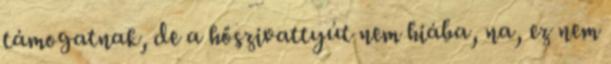
támogatnak, de a hőszivattyút nem hiába, na, ez nem